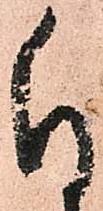
付